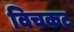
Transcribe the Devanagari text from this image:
विचकट